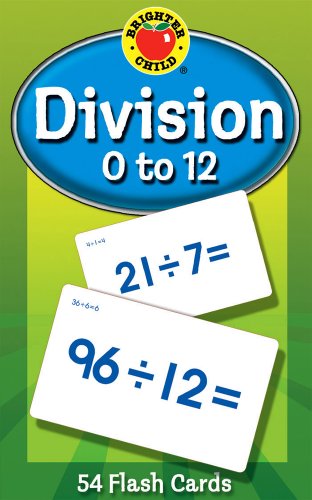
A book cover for Division 0 to 12 Learning Cards (Brighter Child Flash Cards); Children's Books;